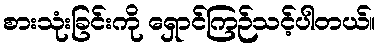
စားသုံးခြင်းကို ရှောင်ကြဉ်သင့်ပါတယ်။